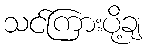
သင်ကြားပို့ချ